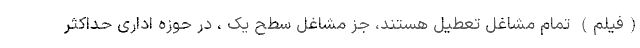
(فیلم) تمام مشاغل تعطیل هستند، جز مشاغل سطح یک ، در حوزه اداری حداکثر